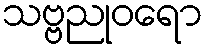
သဗ္ဗညုဝရော